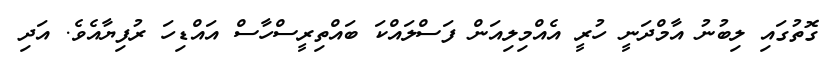
ގޮތުގައި ލިބުނު އާމްދަނީ ހުރީ އެއްމިލިއަން ފަސްލައްކަ ބައްތިރީސްހާސް އައްޑިހަ ރުފިޔާއެވެ. އަދި